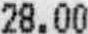
28.00